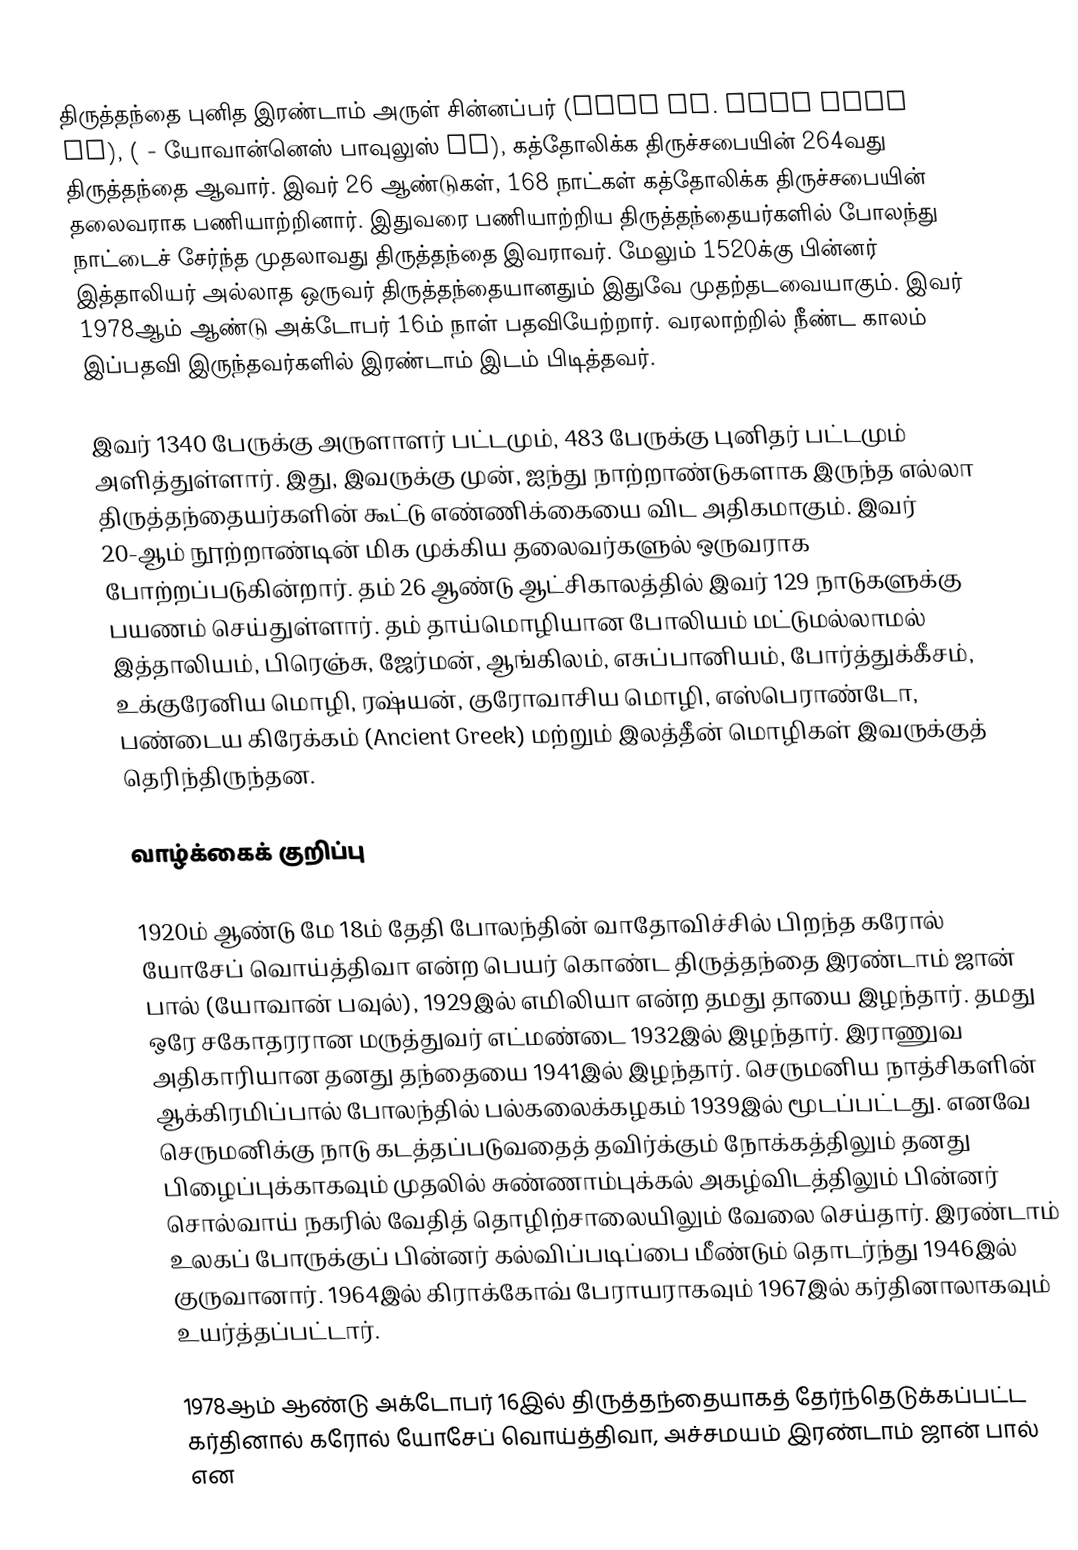
திருத்தந்தை புனித இரண்டாம் அருள் சின்னப்பர் (Pope St. John Paul II), ( - யோவான்னெஸ் பாவுலுஸ் II), கத்தோலிக்க திருச்சபையின் 264வது திருத்தந்தை ஆவார். இவர் 26 ஆண்டுகள், 168 நாட்கள் கத்தோலிக்க திருச்சபையின் தலைவராக பணியாற்றினார். இதுவரை பணியாற்றிய திருத்தந்தையர்களில் போலந்து நாட்டைச் சேர்ந்த முதலாவது திருத்தந்தை இவராவர். மேலும் 1520க்கு பின்னர் இத்தாலியர் அல்லாத ஒருவர் திருத்தந்தையானதும் இதுவே முதற்தடவையாகும். இவர் 1978ஆம் ஆண்டு அக்டோபர் 16ம் நாள் பதவியேற்றார். வரலாற்றில் நீண்ட காலம் இப்பதவி இருந்தவர்களில் இரண்டாம் இடம் பிடித்தவர்.

இவர் 1340 பேருக்கு அருளாளர் பட்டமும், 483 பேருக்கு புனிதர் பட்டமும் அளித்துள்ளார். இது, இவருக்கு முன், ஐந்து நாற்றாண்டுகளாக இருந்த எல்லா திருத்தந்தையர்களின் கூட்டு எண்ணிக்கையை விட அதிகமாகும். இவர் 20-ஆம் நூற்றாண்டின் மிக முக்கிய தலைவர்களுல் ஒருவராக போற்றப்படுகின்றார். தம் 26 ஆண்டு ஆட்சிகாலத்தில் இவர் 129 நாடுகளுக்கு பயணம் செய்துள்ளார். தம் தாய்மொழியான போலியம் மட்டுமல்லாமல் இத்தாலியம், பிரெஞ்சு, ஜேர்மன், ஆங்கிலம், எசுப்பானியம், போர்த்துக்கீசம், உக்குரேனிய மொழி, ரஷ்யன், குரோவாசிய மொழி, எஸ்பெராண்டோ, பண்டைய கிரேக்கம் (Ancient Greek) மற்றும் இலத்தீன் மொழிகள் இவருக்குத் தெரிந்திருந்தன.

வாழ்க்கைக் குறிப்பு

1920ம் ஆண்டு மே 18ம் தேதி போலந்தின் வாதோவிச்சில் பிறந்த கரோல் யோசேப் வொய்த்திவா என்ற பெயர் கொண்ட திருத்தந்தை இரண்டாம் ஜான் பால் (யோவான் பவுல்), 1929இல் எமிலியா என்ற தமது தாயை இழந்தார். தமது ஒரே சகோதரரான மருத்துவர் எட்மண்டை 1932இல் இழந்தார். இராணுவ அதிகாரியான தனது தந்தையை 1941இல் இழந்தார். செருமனிய நாத்சிகளின் ஆக்கிரமிப்பால் போலந்தில் பல்கலைக்கழகம் 1939இல் மூடப்பட்டது. எனவே செருமனிக்கு நாடு கடத்தப்படுவதைத் தவிர்க்கும் நோக்கத்திலும் தனது பிழைப்புக்காகவும் முதலில் சுண்ணாம்புக்கல் அகழ்விடத்திலும் பின்னர் சொல்வாய் நகரில் வேதித் தொழிற்சாலையிலும் வேலை செய்தார். இரண்டாம் உலகப் போருக்குப் பின்னர் கல்விப்படிப்பை மீண்டும் தொடர்ந்து 1946இல் குருவானார். 1964இல் கிராக்கோவ் பேராயராகவும் 1967இல் கர்தினாலாகவும் உயர்த்தப்பட்டார்.

1978ஆம் ஆண்டு அக்டோபர் 16இல் திருத்தந்தையாகத் தேர்ந்தெடுக்கப்பட்ட கர்தினால் கரோல் யோசேப் வொய்த்திவா, அச்சமயம் இரண்டாம் ஜான் பால் என